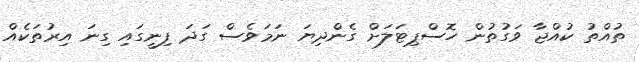
ތުއްތު ކުއްޖާ ވަގުތުން ހޮސްޕިޓަލަށް ގެންދިޔަ ނަމަވެސް ގަދަ ފިނީގައި ގިނަ އިރުތަކެއް